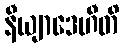
နီယျာဒေဟီတိ